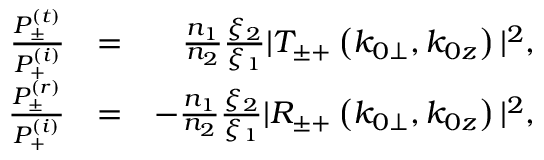
\begin{array} { r l r } { \frac { P _ { \pm } ^ { ( t ) } } { P _ { + } ^ { ( i ) } } } & { = } & { \frac { n _ { 1 } } { n _ { 2 } } \frac { \xi _ { 2 } } { \xi _ { 1 } } | T _ { \pm + } \left( k _ { 0 \perp } , k _ { 0 z } \right) | ^ { 2 } , } \\ { \frac { P _ { \pm } ^ { ( r ) } } { P _ { + } ^ { ( i ) } } } & { = } & { - \frac { n _ { 1 } } { n _ { 2 } } \frac { \xi _ { 2 } } { \xi _ { 1 } } | R _ { \pm + } \left( k _ { 0 \perp } , k _ { 0 z } \right) | ^ { 2 } , } \end{array}